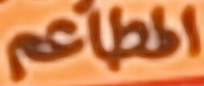
المطاعم